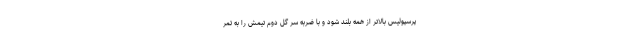
پرسپولیس بالاتر از همه بلند شود و با ضربه سر گل دوم تیمش را به ثمر